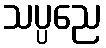
သပ္ပညေ